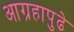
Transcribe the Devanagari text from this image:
आग्रहापुढे